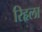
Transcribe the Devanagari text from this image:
रिहृला